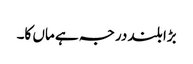
بڑا بلند درجہ ہے ماں کا۔